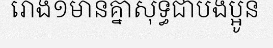
រោង១មានគ្នាសុទ្ធជាបងប្អូន